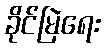
ခိုင်မြဲရေး